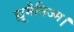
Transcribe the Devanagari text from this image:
ह्यूमैनिज्म।